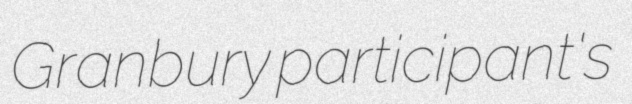
Granbury participant's